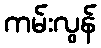
ကမ်းလွန်